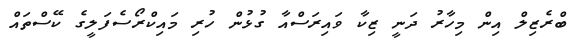
ބްރެޒިލް އިން މިހާރު ދަނީ ޒިކާ ވައިރަސްއާ ގުޅުން ހުރި މައިކްރޯސެފަލީގެ ކޭސްތައް